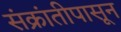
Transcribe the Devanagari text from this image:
संक्रांतीपासून